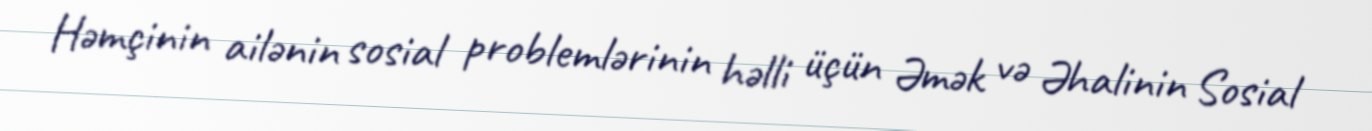
Həmçinin ailənin sosial problemlərinin həlli üçün Əmək və Əhalinin Sosial